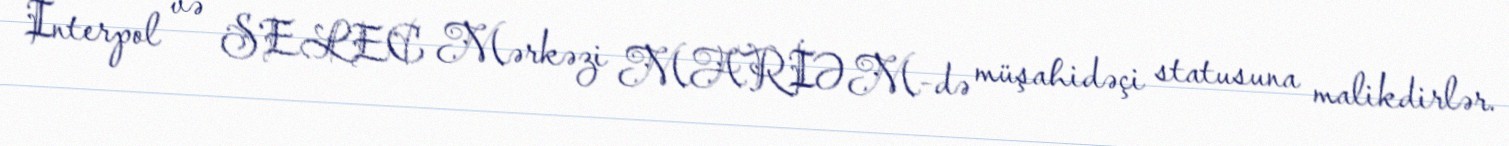
İnterpol və SELEC Mərkəzi MARİƏM-də müşahidəçi statusuna malikdirlər.